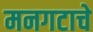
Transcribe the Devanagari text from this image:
मनगटाचे